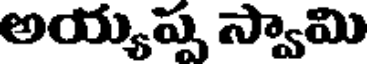
అయ్యప్ప స్వామి